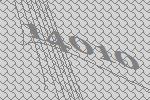
14010